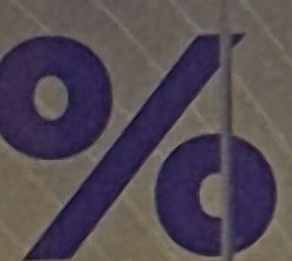
%